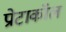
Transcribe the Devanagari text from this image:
प्रोटाकॉल